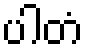
ပါတံ